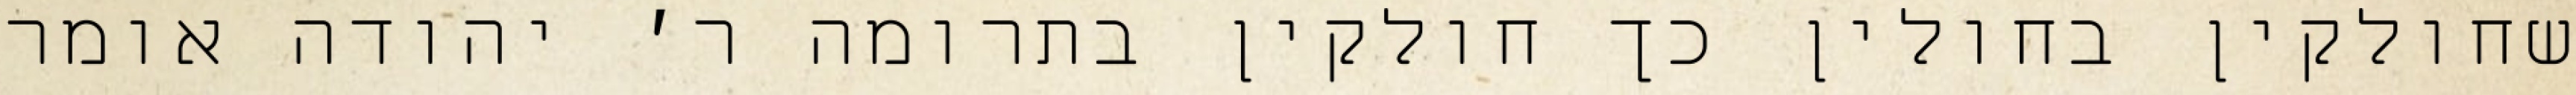
שחולקין בחולין כך חולקין בתרומה ר׳ יהודה אומר